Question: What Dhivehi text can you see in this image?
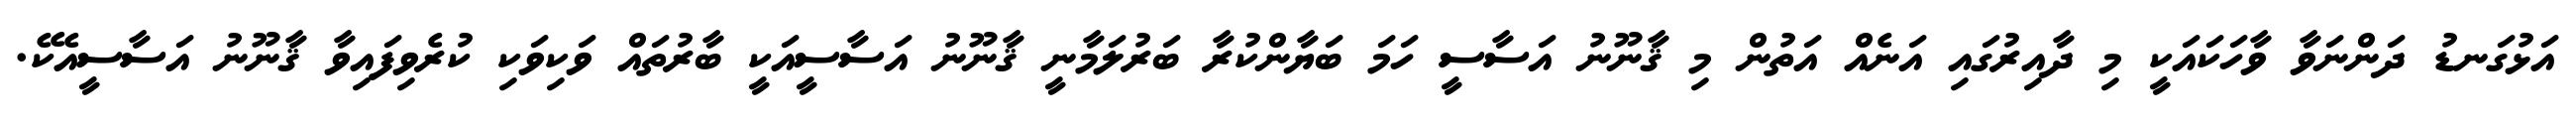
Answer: އަޅުގަނޑު ދަންނަވާ ވާހަކައަކީ މި ދާއިރުގައި އަނެއް އަތުން މި ޤާނޫނު އަސާސީ ހަމަ ބަޔާންކުރާ ބަރުލަމާނީ ޤާނޫނު އަސާސީއަކީ ބާރުތައް ވަކިވަކި ކުރެވިފައިވާ ޤާނޫނު އަސާސީއެކޭ.